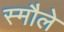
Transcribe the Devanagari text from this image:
स्मौले